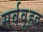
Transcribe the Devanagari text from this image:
सर्ववृहद